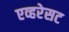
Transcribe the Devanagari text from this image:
एव्हरेसट